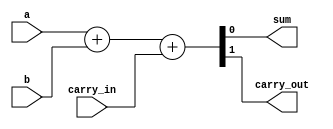
module FullAdder(
	input a,
	input b,
	input carry_in,
	output reg sum,
	output reg carry_out );
  always @ (a or b or carry_in) begin
  {carry_out, sum} = a + b + carry_in;
end
endmodule